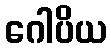
ဂေါပိယ